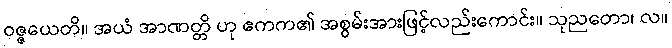
ဝဇ္ဇယေတိ။ အယံ အာဏတ္တိ ဟု ဧကက၏ အစွမ်းအားဖြင့်လည်းကောင်း။ သုညတော၊ လ။